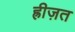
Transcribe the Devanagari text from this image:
ह्रीज़त